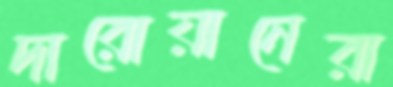
দারোয়ানেরা